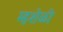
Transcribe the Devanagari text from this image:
म्हशेळी